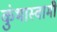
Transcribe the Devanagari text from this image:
कुंभास्वामी